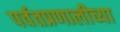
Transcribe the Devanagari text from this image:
पर्वतप्रणालीच्या